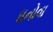
ધનોવા